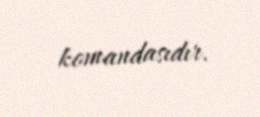
komandasıdır.